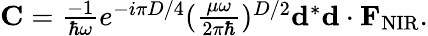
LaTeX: \begin{array}{r}{{\mathbf C}=\frac{-1}{\hbar\omega}e^{-i{\pi D}/{4}}(\frac{\mu\omega}{2\pi\hbar})^{{D}/{2}}{\mathbf d}^{*}{\mathbf d}\cdot{\mathbf F}_{\mathrm{NIR}}.}\end{array}